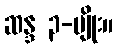
ဆန္ဒ ၃-မျိုး။